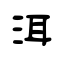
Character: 洱